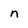
Character: n